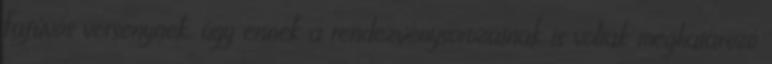
Fafúvós versenynek, úgy ennek a rendezvénysorozatnak is voltak meghatározó